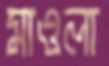
মাওলা